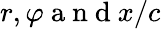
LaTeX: r,\varphi\mathrm{~a~n~d~}x/c